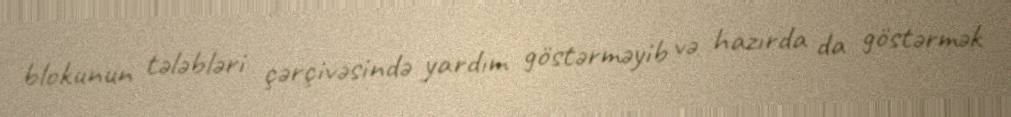
blokunun tələbləri çərçivəsində yardım göstərməyib və hazırda da göstərmək